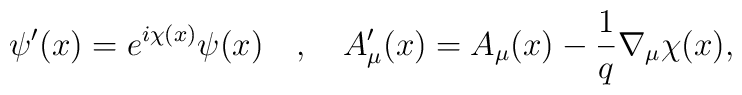
\psi'(x)=e^{i\chi(x)}\psi(x)\ \ \ ,\ \ \ A'_\mu(x)=A_\mu(x)-\frac{1}{q}\nabla_\mu\chi(x),